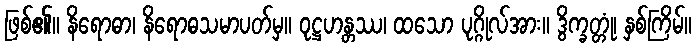
ဖြစ်၏။ နိရောဓာ၊ နိရောဓသမာပတ်မှ။ ဝုဋ္ဌဟန္တဿ၊ ထသော ပုဂ္ဂိုလ်အား။ ဒွိက္ခတ္တုံ၊ နှစ်ကြိမ်။